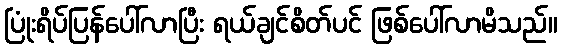
ပြုံးရိပ်ပြန်ပေါ်လာပြီး ရယ်ချင်စိတ်ပင် ဖြစ်ပေါ်လာမိသည်။